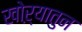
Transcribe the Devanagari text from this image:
खोऱ्यातुन